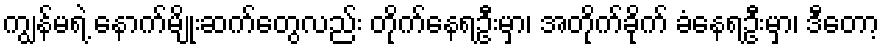
ကျွန်မရဲ့ နောက်မျိုးဆက်တွေလည်း တိုက်နေရဦးမှာ၊ အတိုက်ခိုက် ခံနေရဦးမှာ၊ ဒီတော့